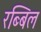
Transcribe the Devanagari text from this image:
रब्बिल